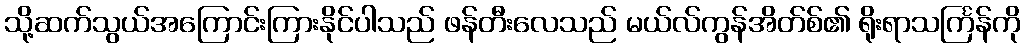
သို့ဆက်သွယ်အကြောင်းကြားနိုင်ပါသည် ဖန်တီးလေသည် မယ်လ်ကွန်အိတ်စ်၏ ရိုးရာသင်္ကြန်ကို